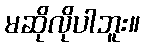
မဆိုလိုပါဘူး။